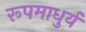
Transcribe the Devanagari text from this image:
रूपमाधुर्य